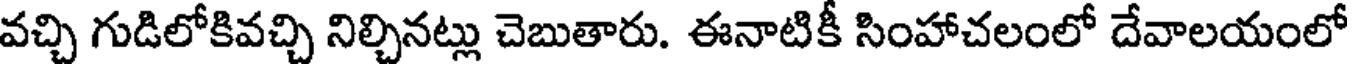
వచ్చి గుడిలోకివచ్చి నిల్చినట్లు చెబుతారు. ఈనాటికీ సింహాచలంలో దేవాలయంలో